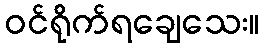
ဝင်ရိုက်ရချေသေး။